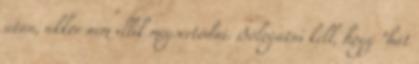
után, akkor nem illik megsértődni. Bólogatni kell, hogy "hát